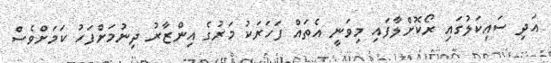
އަދި ސައިކަލުގައި ރޯކޮށްލާފައި މިވަނީ އެތައް ފަހަރަކު މަރުގެ އިންޒާރު ދިނުމަށްފަހު ކަމަށްވެސް